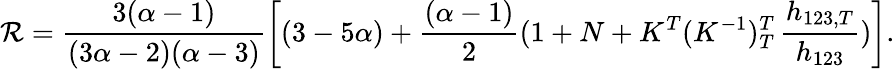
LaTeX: \mathcal{R}=\frac{{3(\alpha-1)}}{{(3\alpha-2)(\alpha-3)}}\left[(3-5\alpha)+\frac{{(\alpha-1)}}{{2}}(1+N+K^{T}(K^{-1})_{T}^{T}\, \frac{{h_{123,T}}}{{h_{123}}})\right].